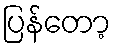
ပြန်တော့